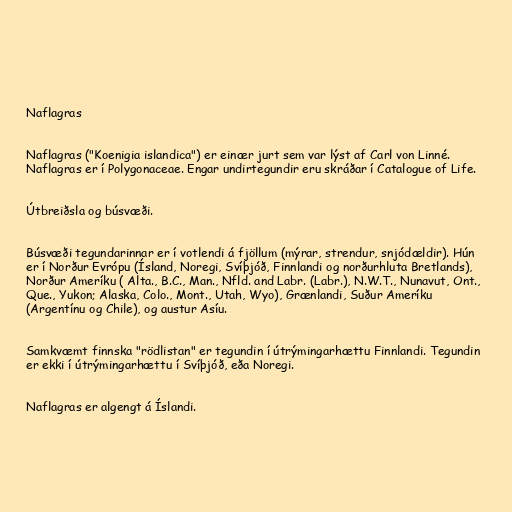
Naflagras

Naflagras ("Koenigia islandica") er einær jurt sem var lýst af Carl von Linné.
Naflagras er í Polygonaceae. Engar undirtegundir eru skráðar í Catalogue of Life.

Útbreiðsla og búsvæði.

Búsvæði tegundarinnar er í votlendi á fjöllum (mýrar, strendur, snjódældir). Hún
er í Norður Evrópu (Ísland, Noregi, Svíþjóð, Finnlandi og norðurhluta Bretlands),
Norður Ameríku ( Alta., B.C., Man., Nfld. and Labr. (Labr.), N.W.T., Nunavut, Ont.,
Que., Yukon; Alaska, Colo., Mont., Utah, Wyo), Grænlandi, Suður Ameríku
(Argentínu og Chile), og austur Asíu.

Samkvæmt finnska "rödlistan" er tegundin í útrýmingarhættu Finnlandi. Tegundin
er ekki í útrýmingarhættu í Svíþjóð, eða Noregi.

Naflagras er algengt á Íslandi.